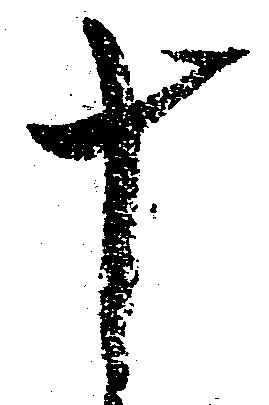
十